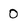
Character: 0